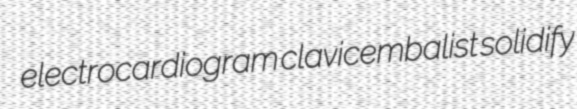
electrocardiogram clavicembalist solidify